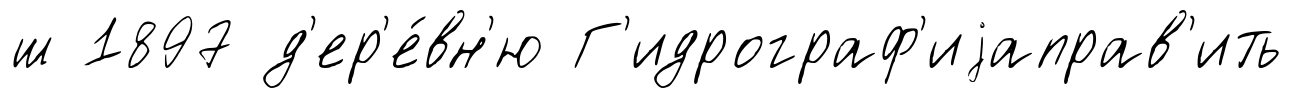
ш 1897 д'ер'е́вн'ю Г'идрограф'иjаправ'ить